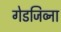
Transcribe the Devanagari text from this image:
गेडजिव्ना